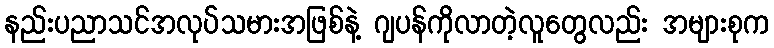
နည်းပညာသင်အလုပ်သမားအဖြစ်နဲ့ ဂျပန်ကိုလာတဲ့လူတွေလည်း အများစုက